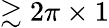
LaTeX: \gtrsim 2\pi\times 1